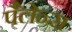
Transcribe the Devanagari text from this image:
पैलेन्स